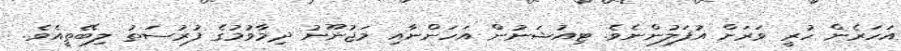
އަހަރެން ހުރީ ވަރަށް އުފަލުންނެވެ. ޓިއުޝަނުން އަހަންނާއި މަޖުނޫނު ދިމާވުމުގެ ފުރުސަތު ލިބޭތީއެވެ.